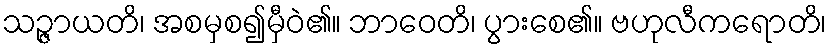
သဉ္ဇာယတိ၊ အစမှစ၍မှီဝဲ၏။ ဘာဝေတိ၊ ပွားစေ၏။ ဗဟုလီကရောတိ၊